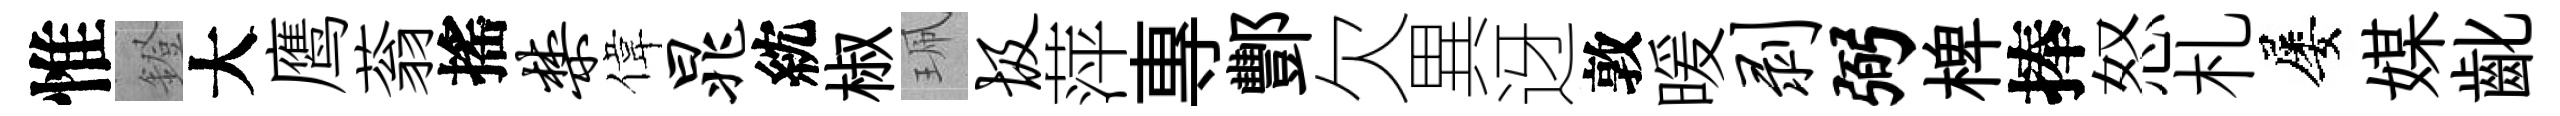
惟鐙大鹰蓊搖禁偉晁紞椒珮圾萍專酆欠異迓敦暖剥弼椑捧怒札屡媒齔